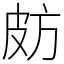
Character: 𣃤